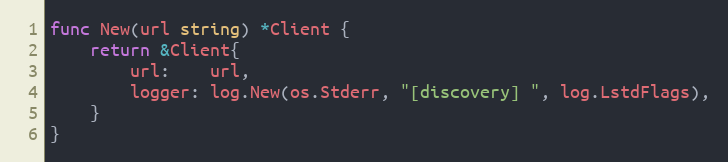
Language: Go
func New(url string) *Client {
	return &Client{
		url:    url,
		logger: log.New(os.Stderr, "[discovery] ", log.LstdFlags),
	}
}